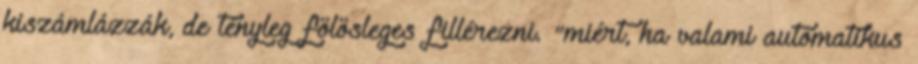
kiszámlázzák, de tényleg fölösleges fillérezni. "miért, ha valami automatikus